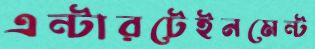
এন্টারটেইনমেন্ট